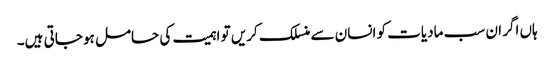
ہاں اگر ان سب مادیات کو انسان سے منسلک کریں تو اہمیت کی حامل ہو جاتی ہیں۔